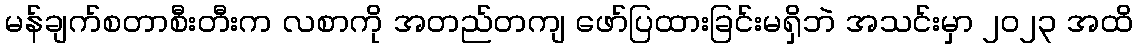
မန်ချက်စတာစီးတီးက လစာကို အတည်တကျ ဖော်ပြထားခြင်းမရှိဘဲ အသင်းမှာ ၂၀၂၃ အထိ